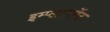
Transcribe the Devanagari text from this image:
इम्प्लायमेंट